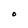
Character: O